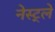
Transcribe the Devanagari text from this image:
नेस्ट्ले